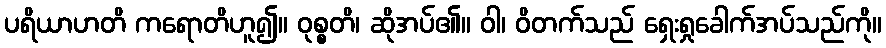
ပရိယာဟတိ ကရောတိဟူ၍။ ဝုစ္စတိ၊ ဆိုအပ်၏။ ဝါ၊ ဝိတက်သည် ရှေးရှုခေါက်အပ်သည်ကို။